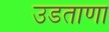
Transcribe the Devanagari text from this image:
उडताणा